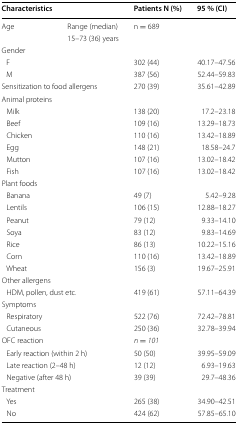
<table><thead><tr><td><b>Characteristics</b></td><td></td><td><b>Patients N (%)</b></td><td><b>95 % (CI)</b></td></tr></thead><tbody><tr><td>Age</td><td>Range (median)</td><td>n = 689</td><td></td></tr><tr><td></td><td>15–73 (36) years</td><td></td><td></td></tr><tr><td colspan="4">Gender</td></tr><tr><td colspan="2"> F</td><td>302 (44)</td><td>40.17–47.56</td></tr><tr><td colspan="2"> M</td><td>387 (56)</td><td>52.44–59.83</td></tr><tr><td colspan="2">Sensitization to food allergens</td><td>270 (39)</td><td>35.61–42.89</td></tr><tr><td colspan="4">Animal proteins</td></tr><tr><td colspan="2"> Milk</td><td>138 (20)</td><td>17.2–23.18</td></tr><tr><td colspan="2"> Beef</td><td>109 (16)</td><td>13.29–18.73</td></tr><tr><td colspan="2"> Chicken</td><td>110 (16)</td><td>13.42–18.89</td></tr><tr><td colspan="2"> Egg</td><td>148 (21)</td><td>18.58–24.7</td></tr><tr><td colspan="2"> Mutton</td><td>107 (16)</td><td>13.02–18.42</td></tr><tr><td colspan="2"> Fish</td><td>107 (16)</td><td>13.02–18.42</td></tr><tr><td colspan="4">Plant foods</td></tr><tr><td colspan="2"> Banana</td><td>49 (7)</td><td>5.42–9.28</td></tr><tr><td colspan="2"> Lentils</td><td>106 (15)</td><td>12.88–18.27</td></tr><tr><td colspan="2"> Peanut</td><td>79 (12)</td><td>9.33–14.10</td></tr><tr><td colspan="2"> Soya</td><td>83 (12)</td><td>9.83–14.69</td></tr><tr><td colspan="2"> Rice</td><td>86 (13)</td><td>10.22–15.16</td></tr><tr><td colspan="2"> Corn</td><td>110 (16)</td><td>13.42–18.89</td></tr><tr><td colspan="2"> Wheat</td><td>156 (3)</td><td>19.67–25.91</td></tr><tr><td colspan="4">Other allergens</td></tr><tr><td colspan="2"> HDM, pollen, dust etc.</td><td>419 (61)</td><td>57.11–64.39</td></tr><tr><td colspan="4">Symptoms</td></tr><tr><td colspan="2"> Respiratory</td><td>522 (76)</td><td>72.42–78.81</td></tr><tr><td colspan="2"> Cutaneous</td><td>250 (36)</td><td>32.78–39.94</td></tr><tr><td colspan="2">OFC reaction</td><td><i>n</i> <i>=</i> <i>101</i></td><td></td></tr><tr><td colspan="2"> Early reaction (within 2 h)</td><td>50 (50)</td><td>39.95–59.09</td></tr><tr><td colspan="2"> Late reaction (2–48 h)</td><td>12 (12)</td><td>6.93–19.63</td></tr><tr><td colspan="2"> Negative (after 48 h)</td><td>39 (39)</td><td>29.7–48.36</td></tr><tr><td colspan="4">Treatment</td></tr><tr><td colspan="2"> Yes</td><td>265 (38)</td><td>34.90–42.51</td></tr><tr><td colspan="2"> No</td><td>424 (62)</td><td>57.85–65.10</td></tr></tbody></table>